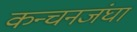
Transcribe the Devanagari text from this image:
कन्चनजंघा